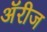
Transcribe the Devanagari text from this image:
ॲरीज